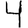
Digit: 4